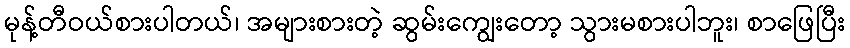
မုန့်တီဝယ်စားပါတယ်၊ အများစားတဲ့ ဆွမ်းကျွေးတော့ သွားမစားပါဘူး၊ စာဖြေပြီး